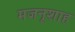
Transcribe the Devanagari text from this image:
मजनूशाह